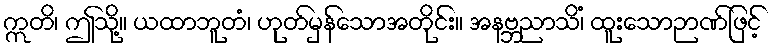
ဣတိ၊ ဤသို့။ ယထာဘူတံ၊ ဟုတ်မှန်သောအတိုင်း။ အနဗ္ဘညာသိံ၊ ထူးသောဉာဏ်ဖြင့်